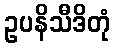
ဥပနိသီဒိတုံ